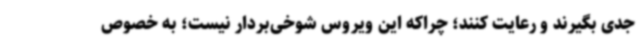
جدی بگیرند و رعایت کنند؛ چراکه این ویروس شوخی‌بردار نیست؛ به خصوص